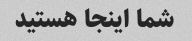
شما اینجا هستید